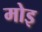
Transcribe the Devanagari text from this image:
मोइ